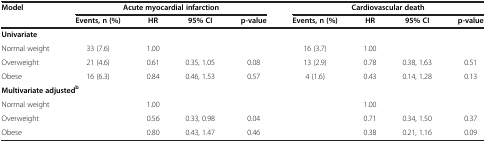
<table><thead><tr><td><b>Model</b></td><td colspan="4"><b>Acute myocardial infarction</b></td><td colspan="4"><b>Cardiovascular death</b></td></tr><tr><td><b> </b></td><td><b>Events, n (%)</b></td><td><b>HR</b></td><td><b>95% CI</b></td><td><b>p-value</b></td><td><b>Events, n (%)</b></td><td><b>HR</b></td><td><b>95% CI</b></td><td><b>p-value</b></td></tr></thead><tbody><tr><td><b>Univariate</b></td><td> </td><td> </td><td> </td><td> </td><td> </td><td> </td><td> </td><td> </td></tr><tr><td>Normal weight</td><td>33 (7.6)</td><td>1.00</td><td> </td><td> </td><td>16 (3.7)</td><td>1.00</td><td> </td><td> </td></tr><tr><td>Overweight</td><td>21 (4.6)</td><td>0.61</td><td>0.35, 1.05</td><td>0.08</td><td>13 (2.9)</td><td>0.78</td><td>0.38, 1.63</td><td>0.51</td></tr><tr><td>Obese</td><td>16 (6.3)</td><td>0.84</td><td>0.46, 1.53</td><td>0.57</td><td>4 (1.6)</td><td>0.43</td><td>0.14, 1.28</td><td>0.13</td></tr><tr><td colspan="2"><b>Multivariate adjusted</b><sup><b>b</b></sup></td><td> </td><td> </td><td> </td><td> </td><td> </td><td> </td><td> </td></tr><tr><td colspan="2">Normal weight</td><td>1.00</td><td> </td><td> </td><td> </td><td>1.00</td><td> </td><td> </td></tr><tr><td>Overweight</td><td> </td><td>0.56</td><td>0.33, 0.98</td><td>0.04</td><td> </td><td>0.71</td><td>0.34, 1.50</td><td>0.37</td></tr><tr><td>Obese</td><td> </td><td>0.80</td><td>0.43, 1.47</td><td>0.46</td><td> </td><td>0.38</td><td>0.21, 1.16</td><td>0.09</td></tr></tbody></table>